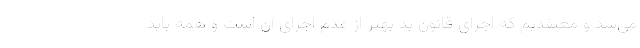
می‌شد و معتقدیم که اجرای قانون بد بهتر از عدم اجرای آن است و همه باید